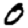
Digit: 0